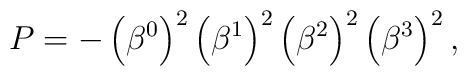
P=-\left( \beta ^{0}\right) ^{2}\left( \beta ^{1}\right) ^{2}\left( \beta^{2}\right) ^{2}\left( \beta ^{3}\right) ^{2},